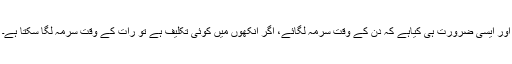
اور ایسی ضرورت ہی کیاہے کہ دن کے وقت سرمہ لگائے، اگر آنکھوں میں کوئی تکلیف ہے تو رات کے وقت سرمہ لگا سکتا ہے۔